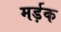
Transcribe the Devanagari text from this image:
मर्ड़क